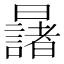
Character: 𣌆